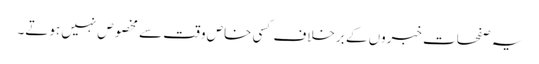
یہ صفحات خبروں کے برخلاف کسی خاص وقت سے مخصوص نہیں ہوتے۔